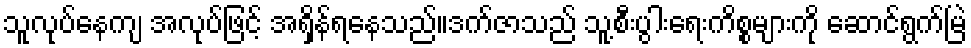
သူလုပ်နေကျ အလုပ်ဖြင့် အရှိန်ရနေသည်။ဒက်ဇာသည် သူ့စီးပွါးရေးကိစ္စများကို ဆောင်ရွက်မြဲ